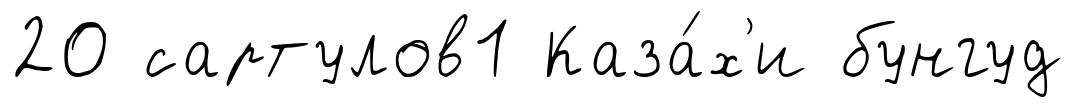
20 сартулов1 Каза́х'и бунгуд